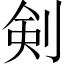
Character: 剣